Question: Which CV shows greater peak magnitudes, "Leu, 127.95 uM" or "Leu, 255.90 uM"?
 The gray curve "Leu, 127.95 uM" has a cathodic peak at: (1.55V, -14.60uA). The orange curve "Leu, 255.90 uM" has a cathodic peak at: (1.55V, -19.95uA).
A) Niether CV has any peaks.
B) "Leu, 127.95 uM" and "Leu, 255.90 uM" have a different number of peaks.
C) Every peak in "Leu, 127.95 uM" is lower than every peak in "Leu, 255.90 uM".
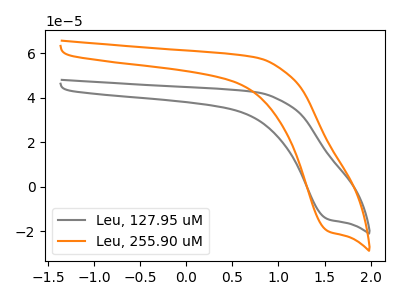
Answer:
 <answer>C) Every peak in "Leu, 127.95 uM" is lower than every peak in "Leu, 255.90 uM".</answer>
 <eval>C</eval>